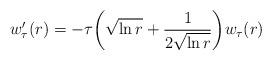
LaTeX: \begin{align*} w_\tau' (r) = -\tau\biggl(\sqrt{\ln r} + \frac{1}{2\sqrt{\ln r}}\biggr) w_\tau (r)\end{align*}